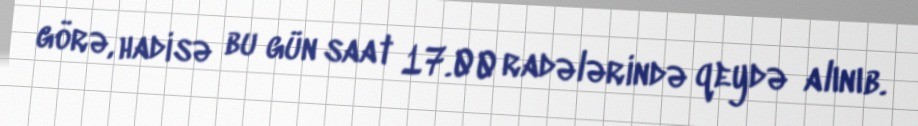
görə, hadisə bu gün saat 17.00 radələrində qeydə alınıb.